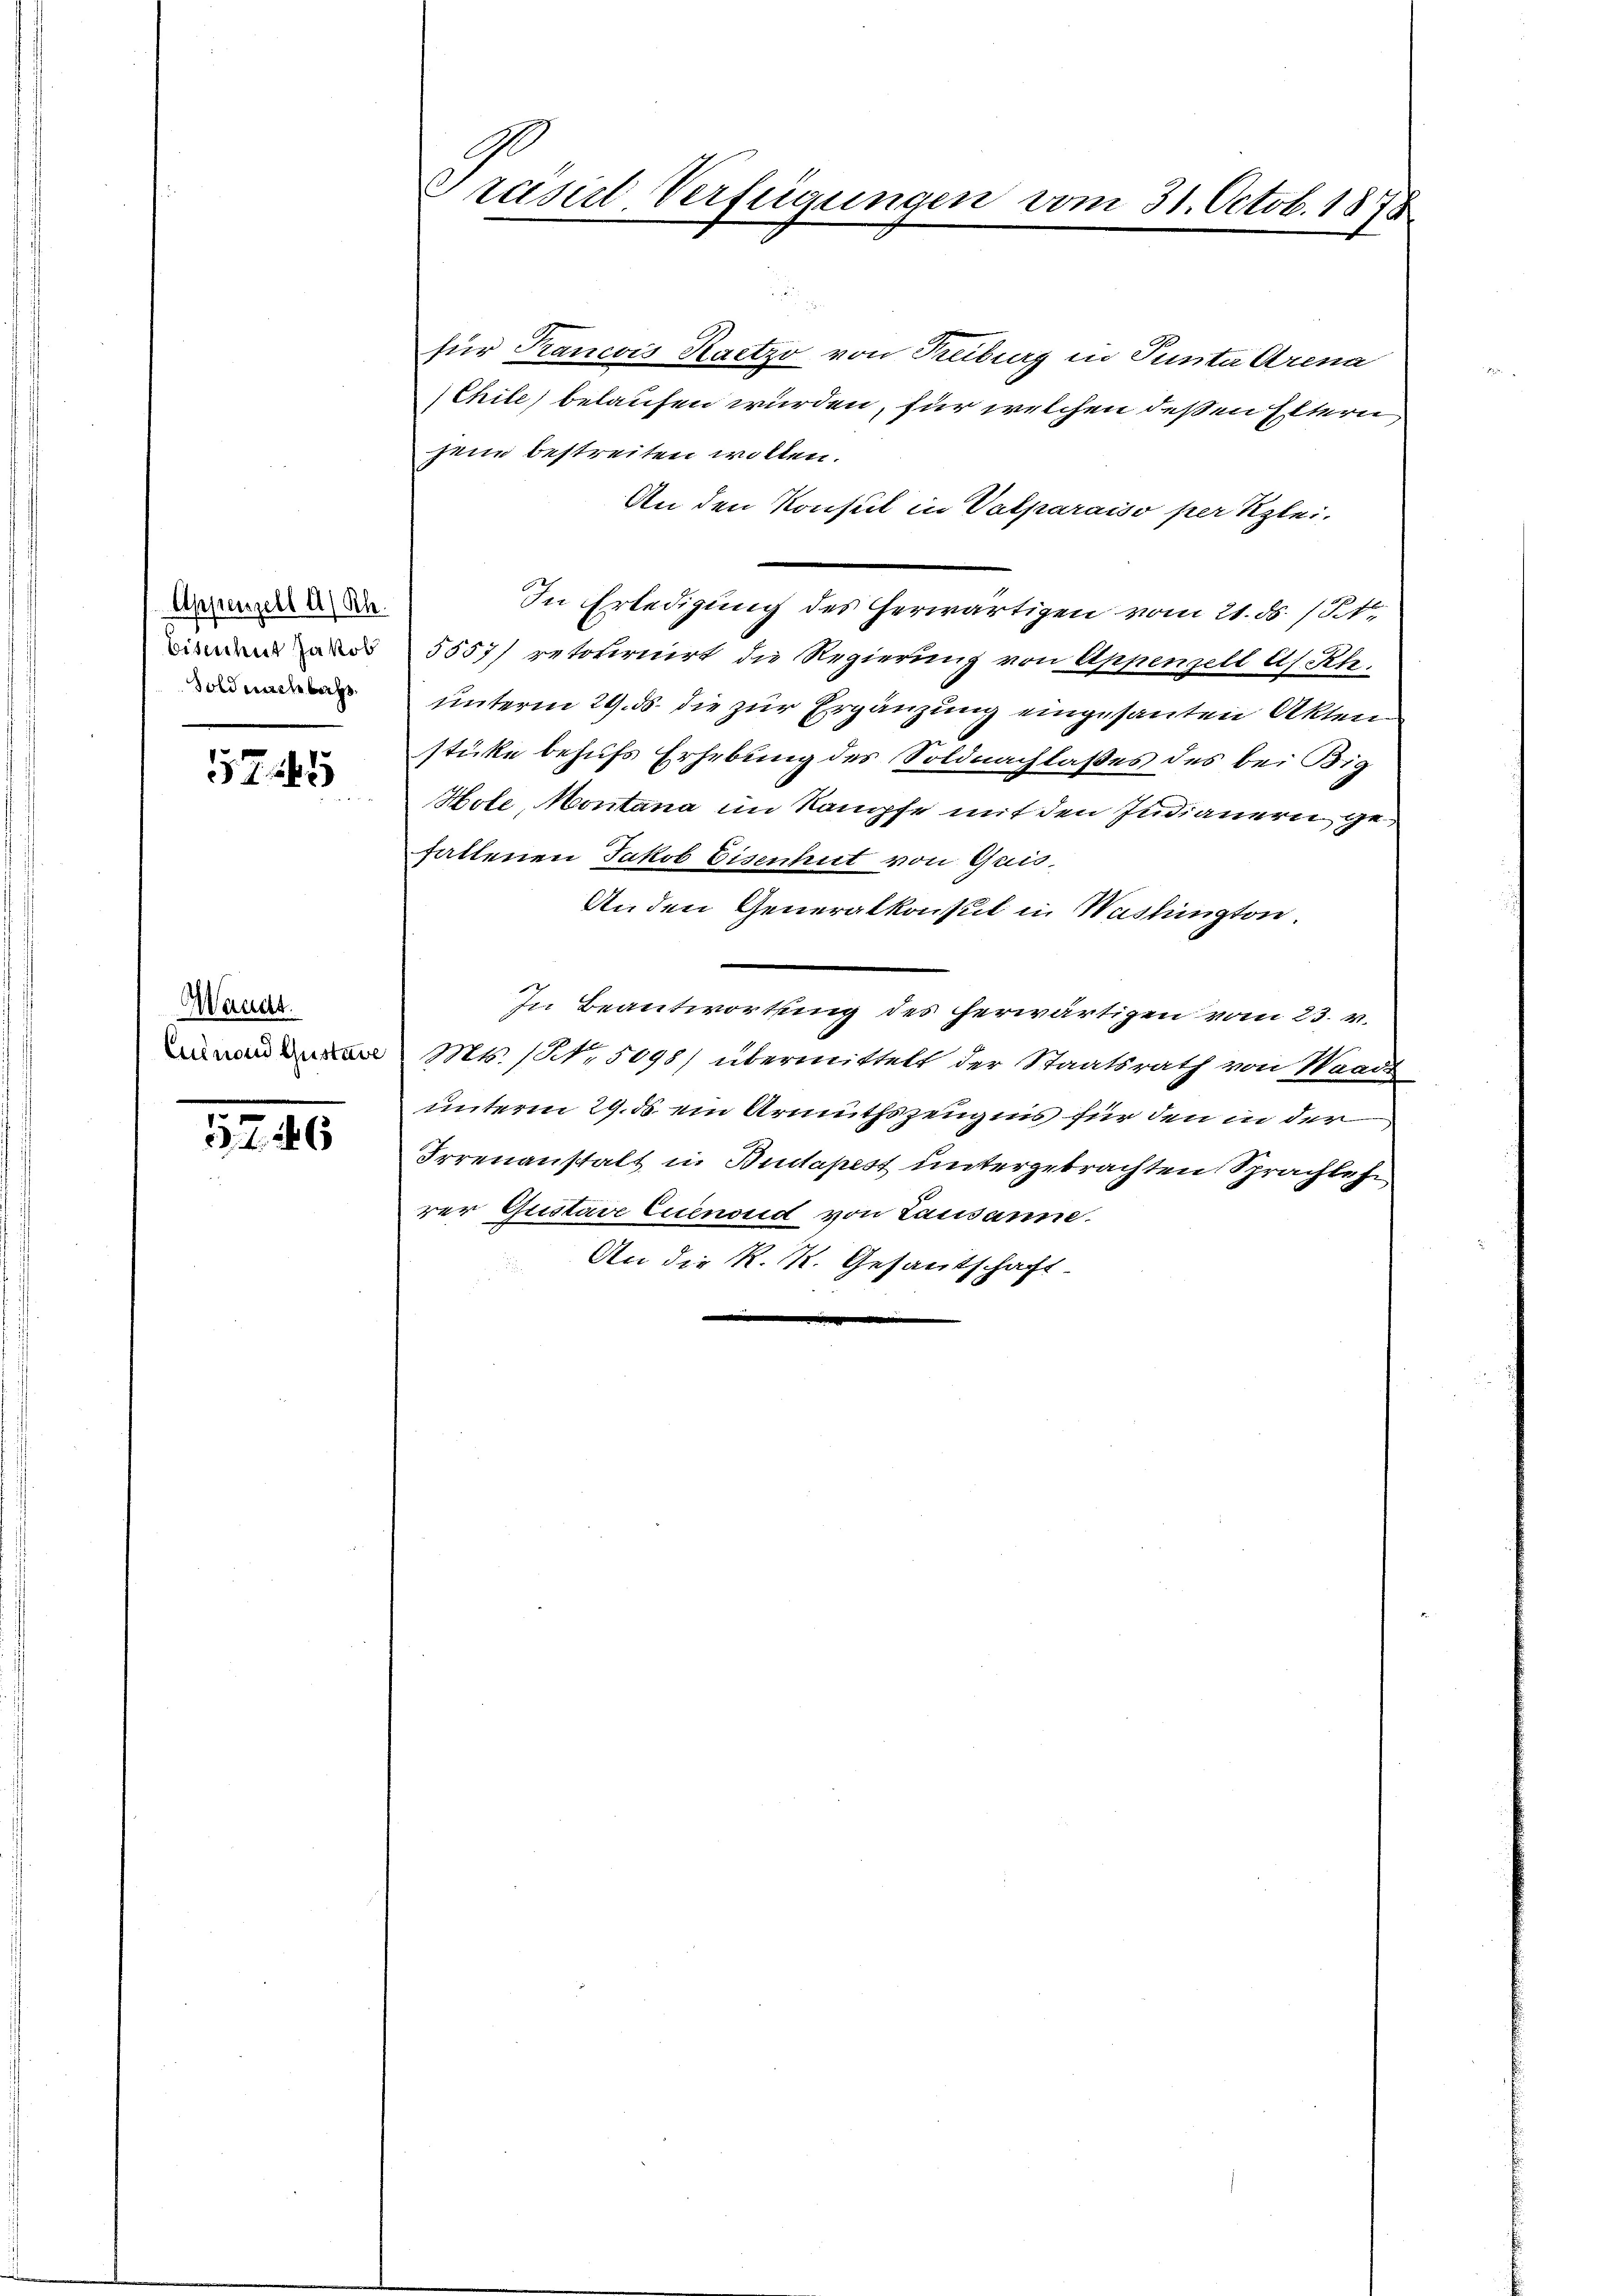
Appenzell A/Rh.
Bitendent Jakob
Soldnachbar

5745

Manes.
Euinend Gustave

576

rasirt Verfügungen vom 31. Octob. 1878

für Trancois Kaetzo von Reiburg in Punter Arena
Chile) belaufen wurden, für welchen deßen Eltern
jene bestreiten wollen.
An den Konsul in Valparaiso per Klei¬
In Erledigung des herwärtigen vom 21. ds. 1 Pk
5557/ retournirt die Regierung von Appenzell A.-Rh.
unterm 29. ds die zur Ergänzung eingesanten Akten
stücke behufs Erhebung des Soldnachlaßes des bei Big
Hole, Montana im Kämpfe mit den Indianern gefaltenen Jakob Eisenhut von Quis,
Anden Generalkonsul in Washington.
In Beantwortung des herwärtigen vom 23. v.
Mts. (NNo. 5098) übermittelt der Staatsrath von Waadt
unterm 29. ds ein Armuthszeugnis für den in der
Irrenanstalt in Budapest untergetrachten Sprachlehr
rer Gustave Euenoud von Lausanne.
An die K. K. Gesantschaft